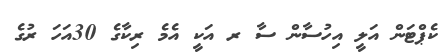
ކެޕްޓަން އަލީ އިހުސާން ސާ ރ އަކީ އެމެ ރިކާގެ 30އަހަ ރުގެ